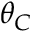
\theta _ { C }